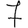
Digit: 7